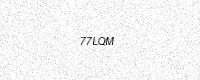
Text: 77LQM